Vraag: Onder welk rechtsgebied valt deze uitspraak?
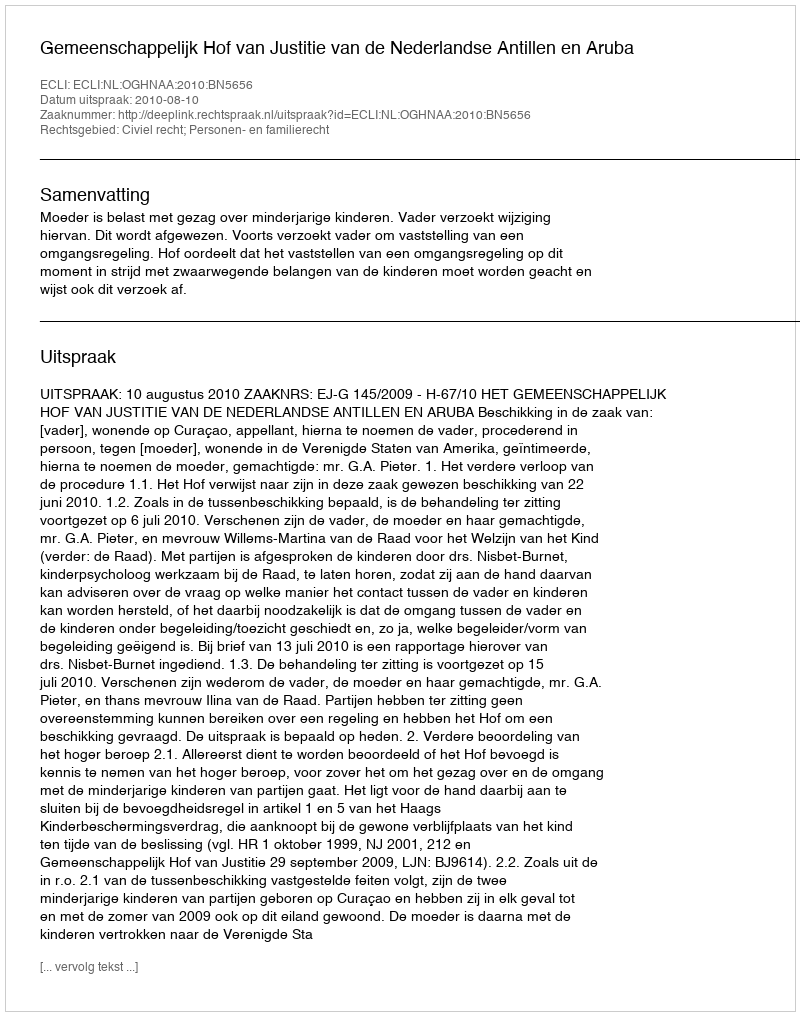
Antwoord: Civiel recht; Personen- en familierecht